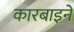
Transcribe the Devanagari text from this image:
कारबाइनें